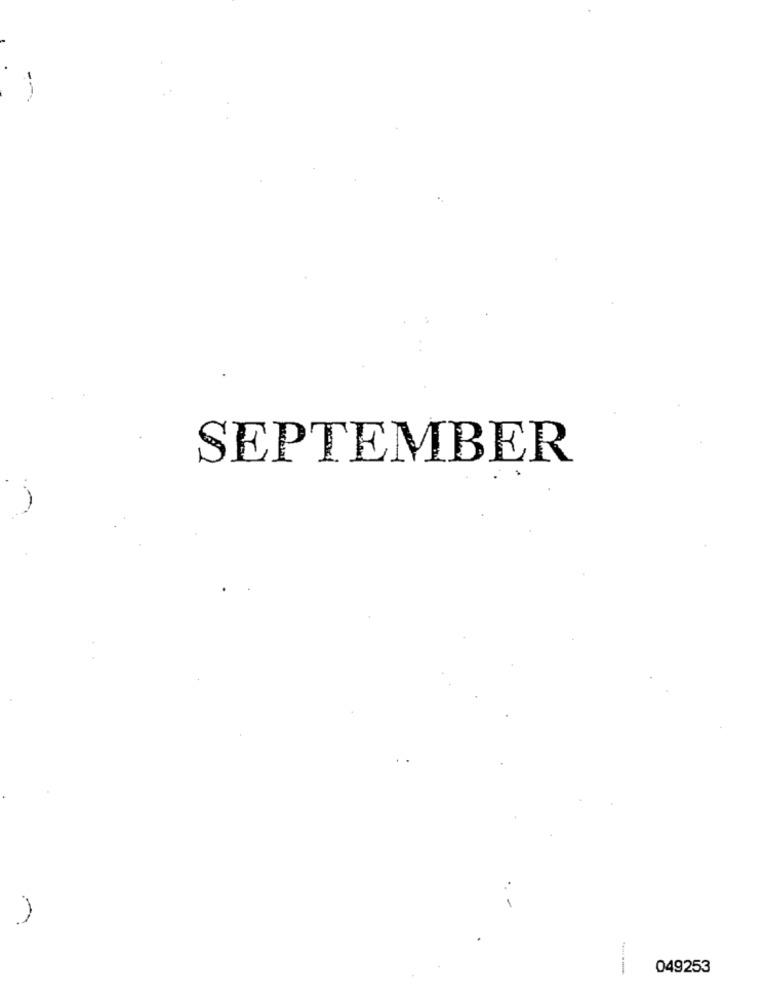
SEPTEMBER
049253